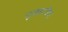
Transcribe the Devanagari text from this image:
गुळहारिया